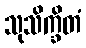
သုသိက္ခိတံ